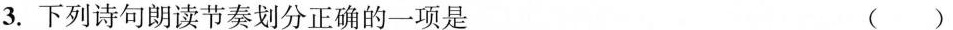
3.下列诗句朗读节奏划分正确的一项是 ( )